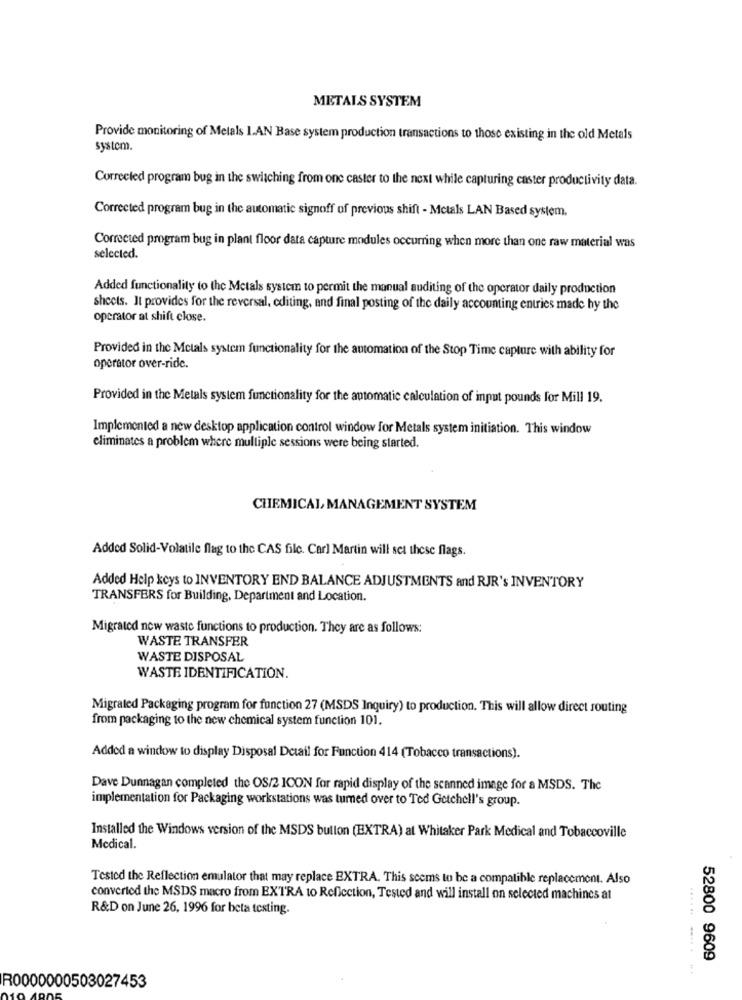
METALS SYSTEM
Provide monitoring of Metals I.AN Base system production transactions to those existing in the old Metals
system.
Corrected program bug in the switching from one caster to the next while capturing caster productivity data.
Corrected program bug in the automatic signoff of previous shift - Metals LAN Based system.
Corrected program bug in plant floor data capture modules occurring when more than one raw material was
selected.
Added functionality to the Metals system to permit the manual auditing of the operator daily production
sheets. It provides for the reversal, editing, and final posting of the daily accounting entries made hy the
operator at shift close.
Provided in the Metals system functionality for the automation of the Stop Time capture with ability for
operator over-ride.
Provided in the Metals system functionality for the automatic calculation of input pounds for Mill 19.
Implemented a new desktop application control window for Metals system initiation. This window
eliminates a problem where multiple sessions were being started.
CHEMICAL MANAGEMENT SYSTEM
Added Solid-Volatile flag to the CAS file. Carl Martin will set these flags.
Added Help keys to INVENTORY END BALANCE ADJUSTMENTS and RJR's INVENTORY
TRANSFERS for Building, Department and Location.
Migrated now waste functions to production. They are as follows:
WASTE TRANSFER
WASTE DISPOSAL
WASTE IDENTIFICATION.
Migrated Packaging program for function 27 (MSDS Inquiry) to production. This will allow direct routing
from packaging to the new chemical system function 101.
Added a window to display Disposal Detail for Function 414 (Tobacco transactions).
Dave Dunnagan completed the OS/2 ICON for rapid display of the scanned image for a MSDS. The
implementation for Packaging workstations was tumed over to Ted Getchell's group.
Installed the Windows version of the MSDS bullon (EXTRA) at Whitaker Park Medical and Tobaccoville
Medical.
Tested the Reflection emulator that may replace EXTRA. This seems to be a compatible replacement. Also
converted the MSDS macro from EXTRA to Reflection, Tested and will install on selected machines at
R&D on June 26, 1996 for beta testing.
52800 9609
........... ..
R0000000503027453